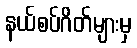
နယ်စပ်ဂိတ်များမှ